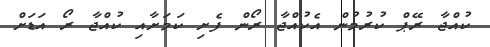
ކުއްޖާ ރޭޕް ކުރުމުން އެކުއްޖާ ރޯން ފެށި ކަމަށާއި ކުއްޖާ ރޯ އަޑަށް